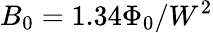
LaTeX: B_{0}=1.34\Phi_{0}/W^{2}